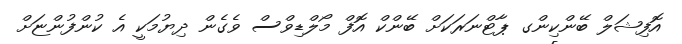
އޮފިޝަލް ބޭންކިންގ ޕާޓްނަރަކަށް ބޭންކް އޮފް މޯލްޑިވްސް ވެގެން ދިޔުމަކީ އެ ކުންފުންޏަށް